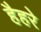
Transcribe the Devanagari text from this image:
हैहरे